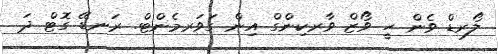
ލޯރޑް ވެން ހީ ވޯޒް ވާރކިންގް އިން ގަވަރމެންޓް. ރަނޑޭ ގޮޓް ދަ